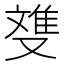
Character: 﨎